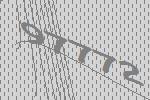
97772